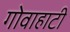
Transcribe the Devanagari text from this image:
गोवाहाटी